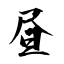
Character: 昼